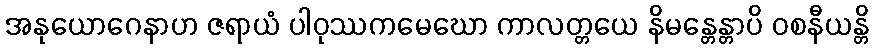
အနုယောဂေနာဟ ဇရာယံ ပါဝုဿကမေဃော ကာလတ္တယေ နိမန္တေန္တာပိ ဝစနီယန္တိ